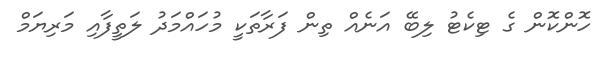
ހޮންކޮން ގެ ޓިކެޓު ލިބޭ އަނެއް ތިން ފަރާތަކީ މުހައްމަދު ލަތީފާއި މަރިޔަމް